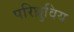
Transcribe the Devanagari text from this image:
परिध्रुविय